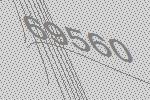
69560